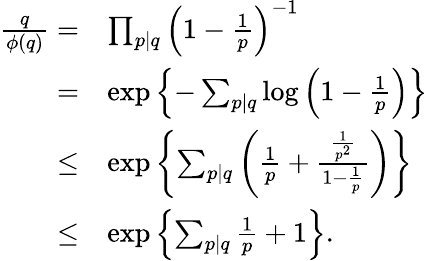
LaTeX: \begin{array}{rl}{\frac{q}{\phi(q)}=}&{\prod_{p\mid q}\left(1-\frac{1}{p}\right)^{-1}}\\ {=}&{\exp\left\{ -\sum_{p\mid q}\log\left(1-\frac{1}{p}\right)\right\} }\\ {\leq}&{\exp\left\{ \sum_{p\mid q}\left(\frac{1}{p}+\frac{\frac{1}{p^{2}}}{1-\frac{1}{p}}\right)\right\} }\\ {\leq}&{\exp\left\{ \sum_{p\mid q}\frac{1}{p}+1\right\} .}\end{array}